Vaccination United Provinces of Agra and Oudh 1914-1922 - 1914-1922
Year: 1914
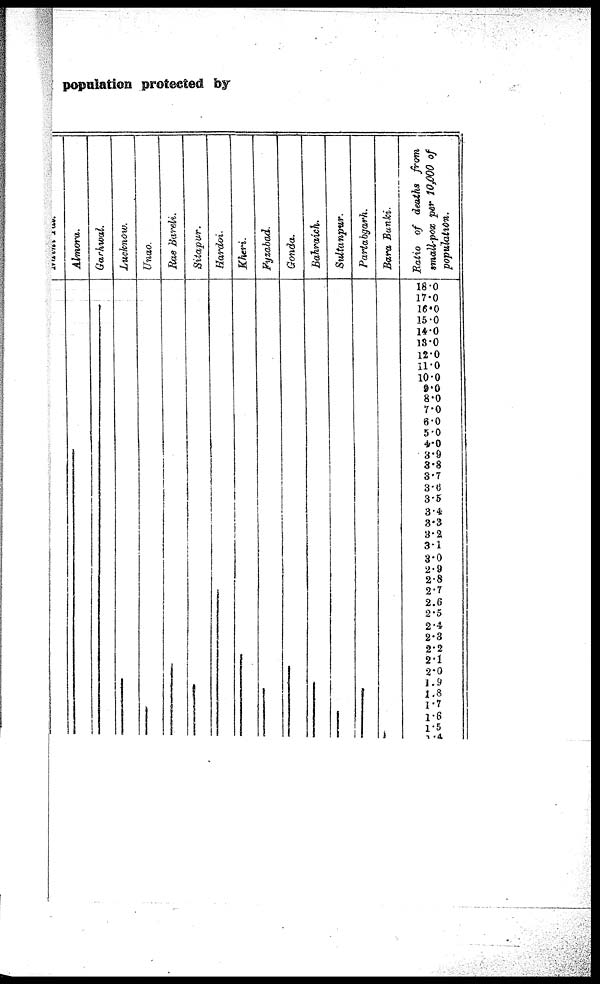
population protected by